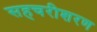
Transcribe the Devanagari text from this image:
सहचरीशरण